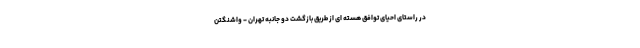
در راستای احیای توافق هسته ای از طریق بازگشت دو جانبه تهران - واشنگتن